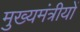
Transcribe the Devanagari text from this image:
मुख्यमंत्रीयों